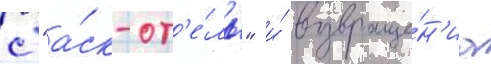
с "а́ск-от'е́ль" и́ возвраще́н'иа